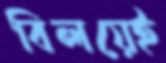
বিলয়েই